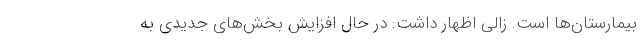
بیمارستان‌ها است. زالی اظهار داشت: در حال افزایش بخش‌های جدیدی به